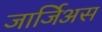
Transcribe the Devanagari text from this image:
जार्जिअस